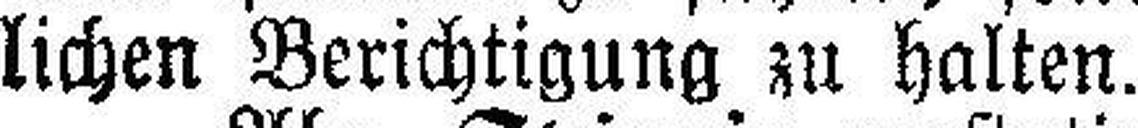
lichen Berichtigung zu halten.